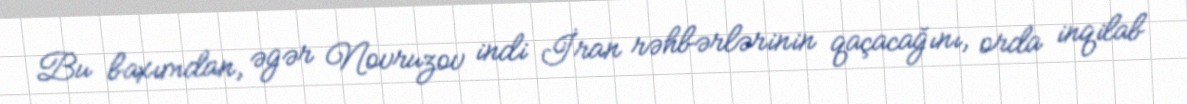
Bu baxımdan, əgər Novruzov indi İran rəhbərlərinin qaçacağını, orda inqilab